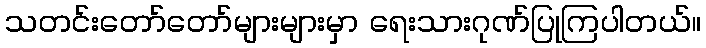
သတင်းတော်တော်များများမှာ ရေးသားဂုဏ်ပြုကြပါတယ်။